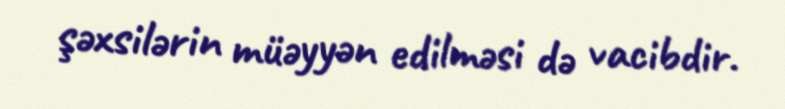
şəxsilərin müəyyən edilməsi də vacibdir.